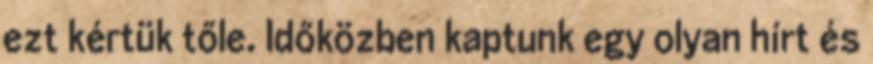
ezt kértük tőle. Időközben kaptunk egy olyan hírt és